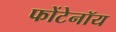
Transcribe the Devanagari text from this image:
फोंटेनॉय